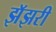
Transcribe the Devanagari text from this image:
झॅझरी